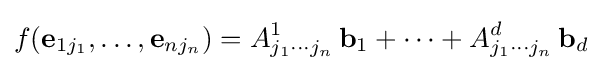
f({\textbf {e}}_{1j_{1}},\ldots ,{\textbf {e}}_{nj_{n}})=A_{j_{1}\cdots j_{n}}^{1}\,{\textbf {b}}_{1}+\cdots +A_{j_{1}\cdots j_{n}}^{d}\,{\textbf {b}}_{d}